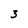
Character: 3